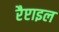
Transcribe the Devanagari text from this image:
रैप्टाइल